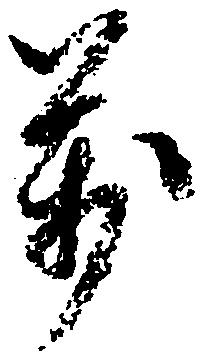
万